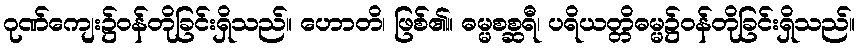
ဂုဏ်ကျေး၌ဝန်တိုခြင်းရှိသည်။ ဟောတိ၊ ဖြစ်၏။ ဓမ္မစစ္ဆရီ၊ ပရိယတ္တိဓမ္မ၌ဝန်တိုခြင်းရှိသည်။